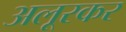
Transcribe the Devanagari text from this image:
अलूरकर